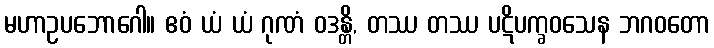
မဟာဥပဘောဂေါ။ ဧဝံ ယံ ယံ ဂုဏံ ဝဒန္တိ, တဿ တဿ ပဋိပက္ခဝသေန ဘဂဝတော